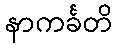
နာကင်္ခတိ